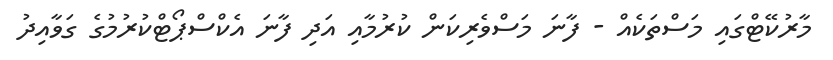
މާރުކޭޓްގައި މަސްތަކެއް - ފާނަ މަސްވެރިކަން ކުރުމާއި އަދި ފާނަ އެކްސްޕޯޓްކުރުމުގެ ގަވާއިދު